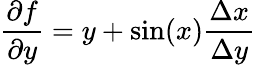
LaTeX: \frac{\partial f}{\partial y}=y+\sin(x)\frac{\Delta x}{\Delta y}